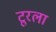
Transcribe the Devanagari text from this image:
टूरला